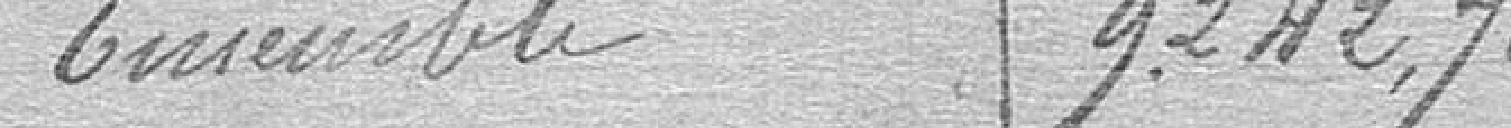
Ensemble    9.242.70